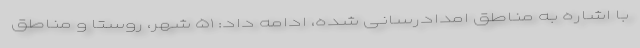
با اشاره به مناطق امدادرسانی شده، ادامه داد: ۵١ شهر، روستا و مناطق